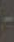
-